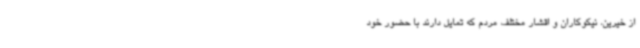
از خیرین، نیکوکاران و اقشار مختلف مردم که تمایل دارند با حضور خود